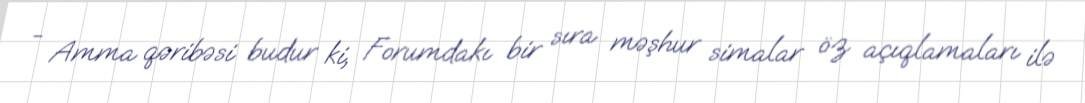
- Amma qəribəsi budur ki, Forumdakı bir sıra məşhur simalar öz açıqlamaları ilə